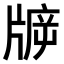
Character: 𤗙